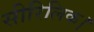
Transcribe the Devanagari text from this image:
सीरिलिक।